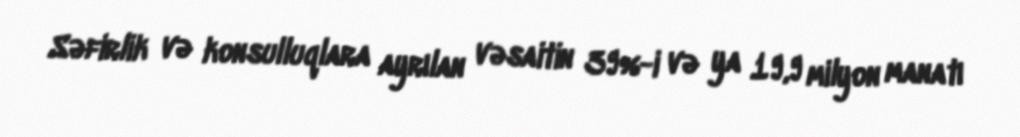
Səfirlik və konsulluqlara ayrılan vəsaitin 39%-i və ya 19,9 milyon manatı